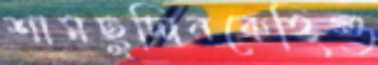
শামছুদ্দিনকেহিগু